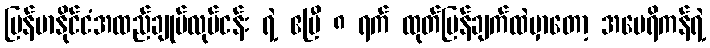
မြန်မာနိုင်ငံအထည်ချုပ်လုပ်ငန်း ရဲ့ ဧပြီ ၈ ရက် ထုတ်ပြန်ချက်ထဲမှာတော့ အမေရိကန်ရဲ့